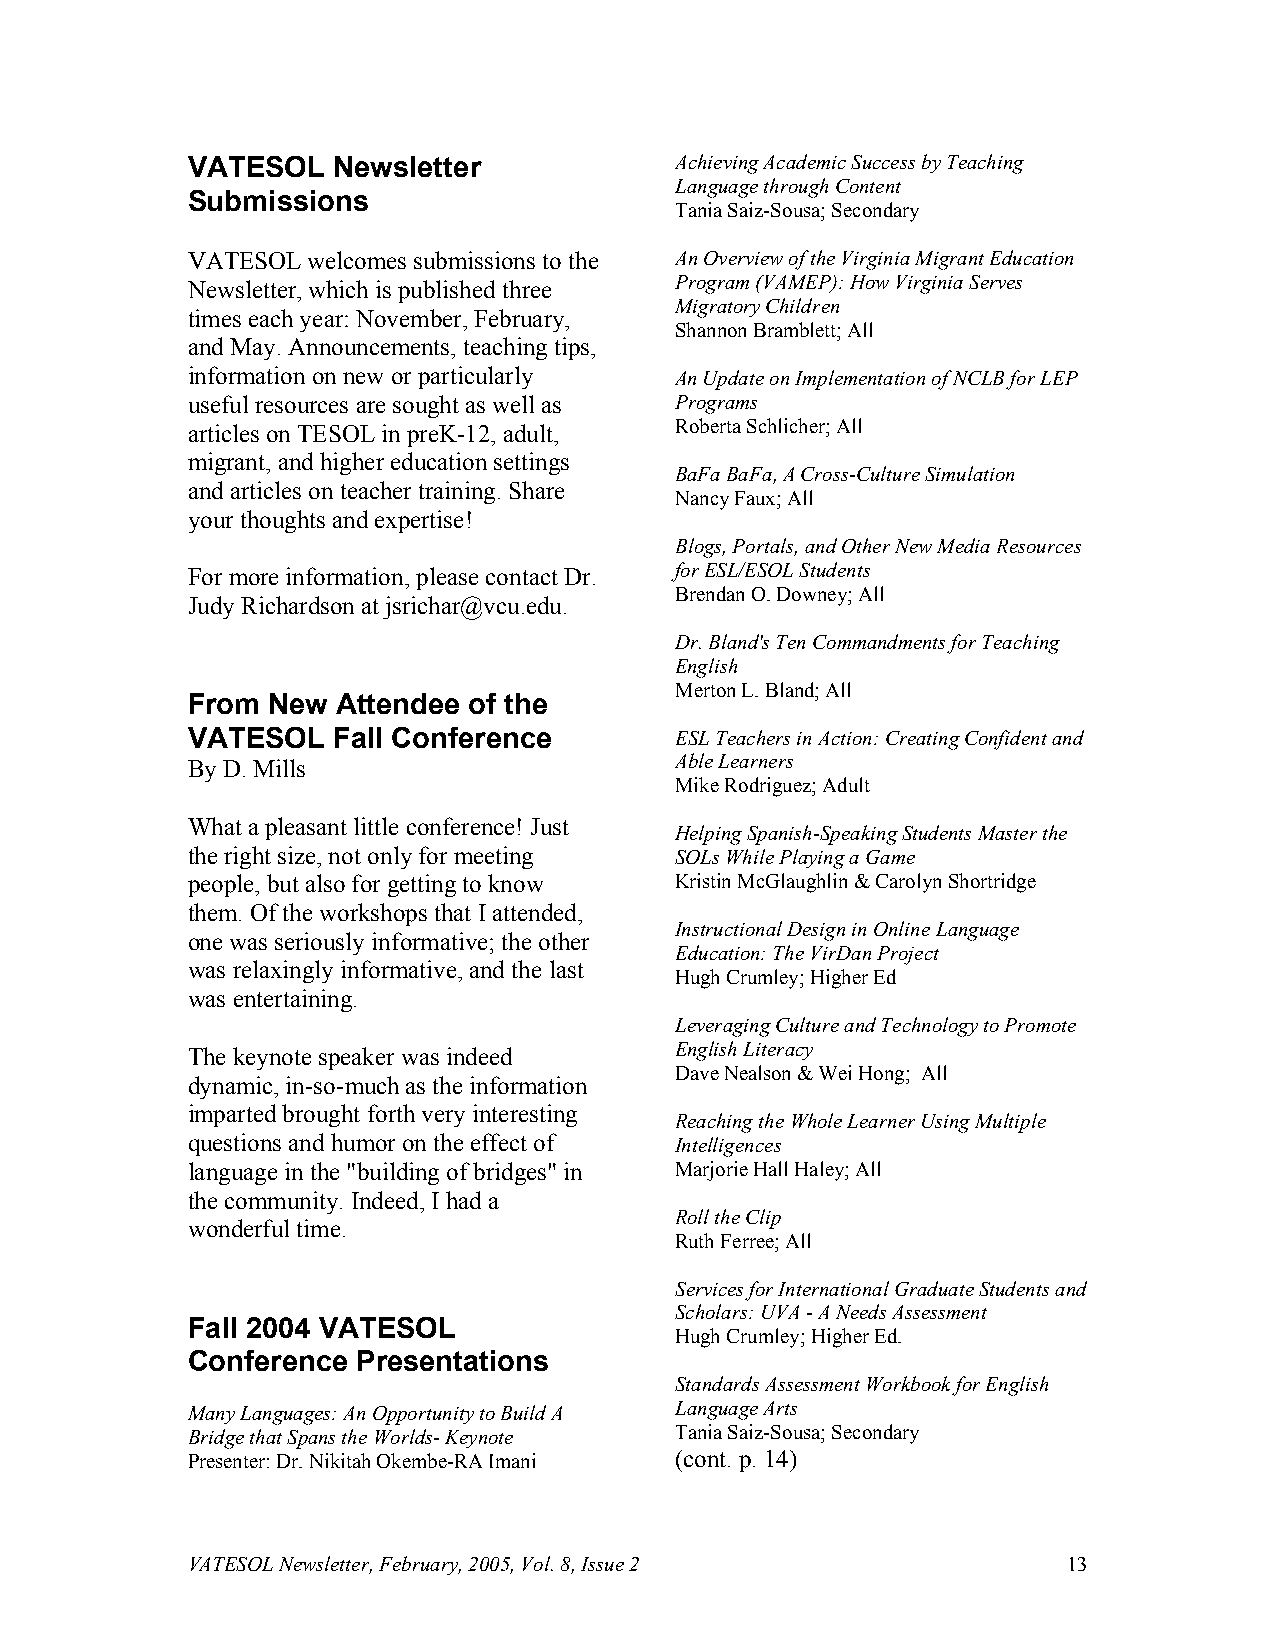
VATESOL   Newsletter             Achieving Academic Success by Teaching
 Language through Content
 Submissions
 Tania Saiz-Sousa; Secondary
 VATESOL welcomes submissions to the An Overview of the Virginia Migrant Education
 Newsletter, which is published three Program (VAMEP): How Virginia Serves
 Migratory Children
 times each year: November, February,
 Shannon Bramblett; All
 and May. Announcements, teaching tips,
 information on new or particularly An Update on Implementation of NCLB for LEP
 useful resources are sought as well as Programs
 articles on TESOL in preK-12, adult, Roberta Schlicher; All
 migrant, and higher education settings
 BaFa BaFa, A Cross-Culture Simulation
 and articles on teacher training. Share
 Nancy Faux; All
 your thoughts and expertise!
 Blogs, Portals, and Other New Media Resources
 For more information, please contact Dr. for ESL/ESOL Students
 Brendan O. Downey; All
 Judy Richardson at jsrichar@vcu.edu.
 Dr. Bland's Ten Commandments for Teaching
 English
 Merton L. Bland; All
 From  New Attendee of the
 VATESOL   Fall Conference        ESL Teachers in Action: Creating Confident and
 By D. Mills                      Able Learners
 Mike Rodriguez; Adult
 What a pleasant little conference! Just
 Helping Spanish-Speaking Students Master the
 the right size, not only for meeting SOLs While Playing a Game
 people, but also for getting to know Kristin McGlaughlin & Carolyn Shortridge
 them. Of the workshops that I attended,
 Instructional Design in Online Language
 one was seriously informative; the other
 Education: The VirDan Project
 was relaxingly informative, and the last
 Hugh Crumley; Higher Ed
 was entertaining.
 Leveraging Culture and Technology to Promote
 The keynote speaker was indeed   English Literacy
 Dave Nealson & Wei Hong; All
 dynamic, in-so-much as the information
 imparted brought forth very interesting
 Reaching the Whole Learner Using Multiple
 questions and humor on the effect of Intelligences
 language in the "building of bridges" in Marjorie Hall Haley; All
 the community. Indeed, I had a
 Roll the Clip
 wonderful time.
 Ruth Ferree; All
 Services for International Graduate Students and
 Scholars: UVA - A Needs Assessment
 Fall 2004 VATESOL
 Hugh Crumley; Higher Ed.
 Conference  Presentations
 Standards Assessment Workbook for English
 Many Languages: An Opportunity to Build A Language Arts
 Bridge that Spans the Worlds- Keynote Tania Saiz-Sousa; Secondary
 Presenter: Dr. Nikitah Okembe-RA Imani (cont. p. 14)
 VATESOL Newsletter, February, 2005, Vol. 8, Issue 2        13